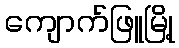
ကျောက်ဖြူမြို့